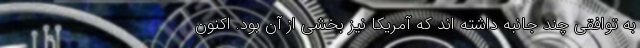
به توافقی چند جانبه داشته اند که آمریکا نیز بخشی از آن بود. اکنون